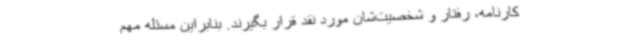
کارنامه، رفتار و شخصیت‌شان مورد نقد قرار بگیرند. بنابراین مسئله مهم